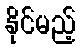
နိုင်မည့်